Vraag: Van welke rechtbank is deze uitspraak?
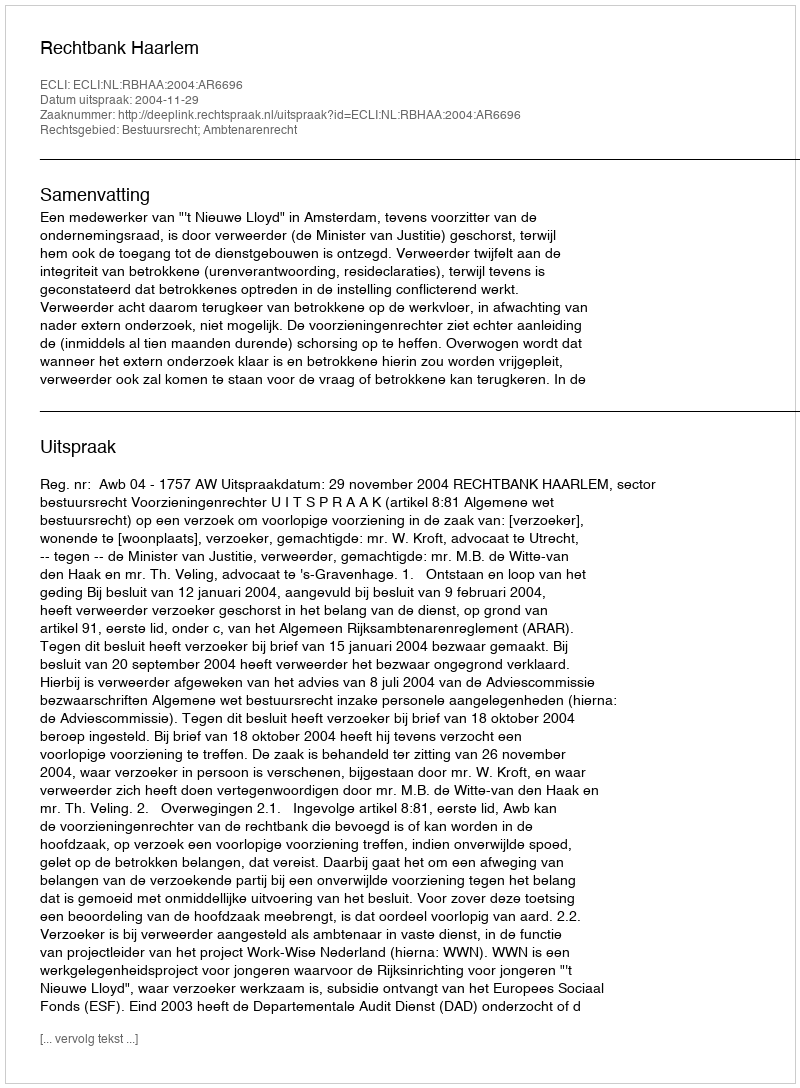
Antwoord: Rechtbank Haarlem